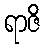
ရာဇိ